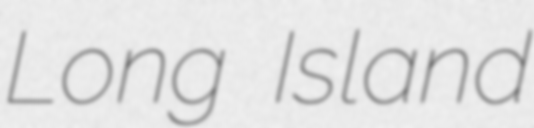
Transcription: Long Island